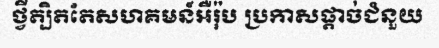
ថ្វីត្បិតតែសហគមន៍អឺរ៉ុប ប្រកាសផ្តាច់ជំនួយ